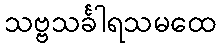
သဗ္ဗသင်္ခါရသမထေ